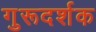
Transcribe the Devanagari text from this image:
गुरूदर्शक